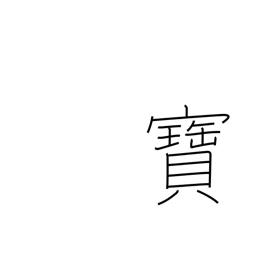
Meaning: rare